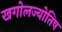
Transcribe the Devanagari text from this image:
खगोलज्योतिष